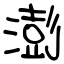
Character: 澎